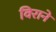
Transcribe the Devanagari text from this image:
विराने